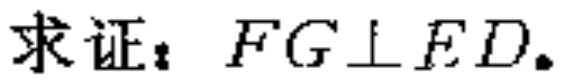
求证：$FG\perp ED$.